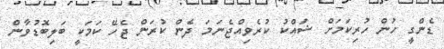
ޑެންގީ ހުން ހުރިކަމަށް ޝައްކު ކުރެވިއްޖެނަމަ ދެން ކުރަން ޖެހޭ ކަމަކީ ބަލިބޮޑުވާން